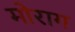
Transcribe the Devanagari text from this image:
मोराग